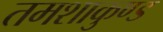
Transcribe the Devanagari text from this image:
तमशाकुण्ड